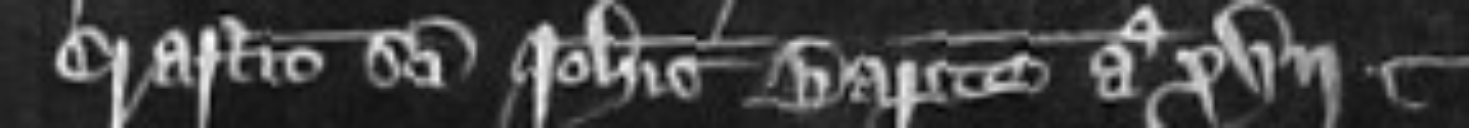
Crastino Sancti Johannis Baptiste anno XVII